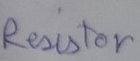
Text: Resistor